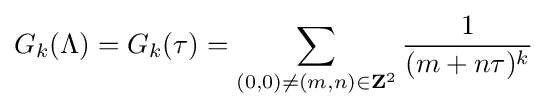
G_{k}(\Lambda )=G_{k}(\tau )=\sum _{(0,0)\neq (m,n)\in \mathbf {Z} ^{2}}{\frac {1}{(m+n\tau )^{k}}}